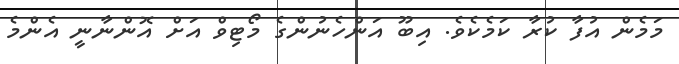
މަމެން އުފާ ކުރާ ކަމެކެވެ. އިބޫ އަންހެނުންގެ މޯޓިވް އަށް އޮންނާނީ އެންމެ